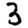
Digit: 3